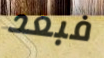
فبعد